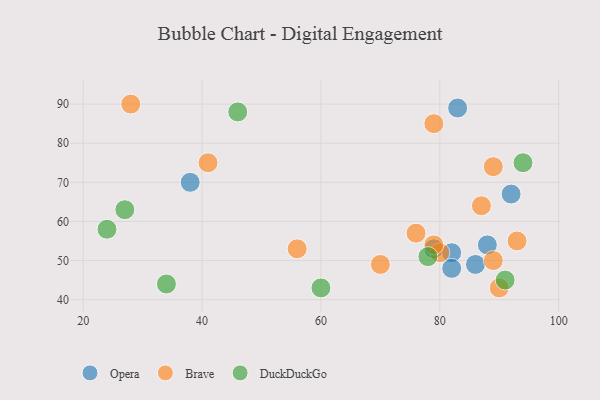
{"axis": {"x": "GDP", "y": "Life Expectancy"}, "legend": ["Brave", "DuckDuckGo", "Opera"], "data": [{"x": "86", "y": 49, "type": "Opera"}, {"x": "79", "y": 53, "type": "Opera"}, {"x": "92", "y": 67, "type": "Opera"}, {"x": "88", "y": 54, "type": "Opera"}, {"x": "38", "y": 70, "type": "Opera"}, {"x": "83", "y": 89, "type": "Opera"}, {"x": "82", "y": 52, "type": "Opera"}, {"x": "82", "y": 48, "type": "Opera"}, {"x": "70", "y": 49, "type": "Brave"}, {"x": "79", "y": 85, "type": "Brave"}, {"x": "89", "y": 74, "type": "Brave"}, {"x": "28", "y": 90, "type": "Brave"}, {"x": "76", "y": 57, "type": "Brave"}, {"x": "93", "y": 55, "type": "Brave"}, {"x": "56", "y": 53, "type": "Brave"}, {"x": "89", "y": 50, "type": "Brave"}, {"x": "80", "y": 52, "type": "Brave"}, {"x": "87", "y": 64, "type": "Brave"}, {"x": "79", "y": 54, "type": "Brave"}, {"x": "41", "y": 75, "type": "Brave"}, {"x": "90", "y": 43, "type": "Brave"}, {"x": "78", "y": 51, "type": "DuckDuckGo"}, {"x": "24", "y": 58, "type": "DuckDuckGo"}, {"x": "94", "y": 75, "type": "DuckDuckGo"}, {"x": "60", "y": 43, "type": "DuckDuckGo"}, {"x": "46", "y": 88, "type": "DuckDuckGo"}, {"x": "34", "y": 44, "type": "DuckDuckGo"}, {"x": "91", "y": 45, "type": "DuckDuckGo"}, {"x": "27", "y": 63, "type": "DuckDuckGo"}]}